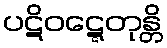
ပဋိဝဋ္ဋေတုန္တိ